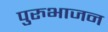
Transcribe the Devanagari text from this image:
पुरुभाजन